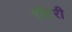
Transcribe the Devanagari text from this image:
रौंटरी